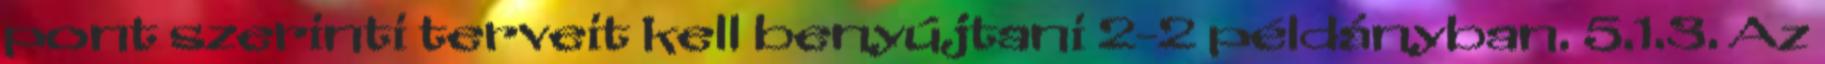
pont szerinti terveit kell benyújtani 2-2 példányban. 5.1.3. Az